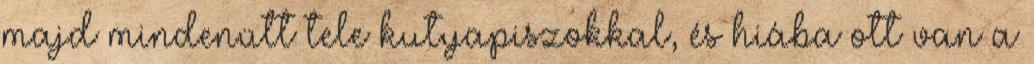
majd mindenütt tele kutyapiszokkal, és hiába ott van a